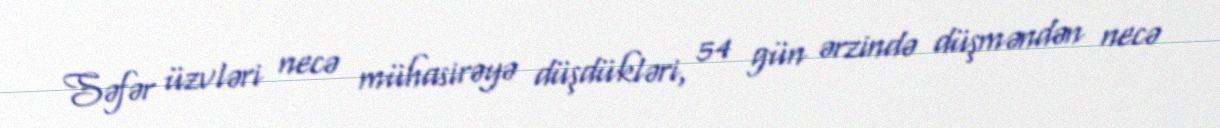
Səfər üzvləri necə mühasirəyə düşdükləri, 54 gün ərzində düşməndən necə